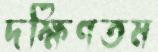
দক্ষিণতম